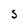
Character: S